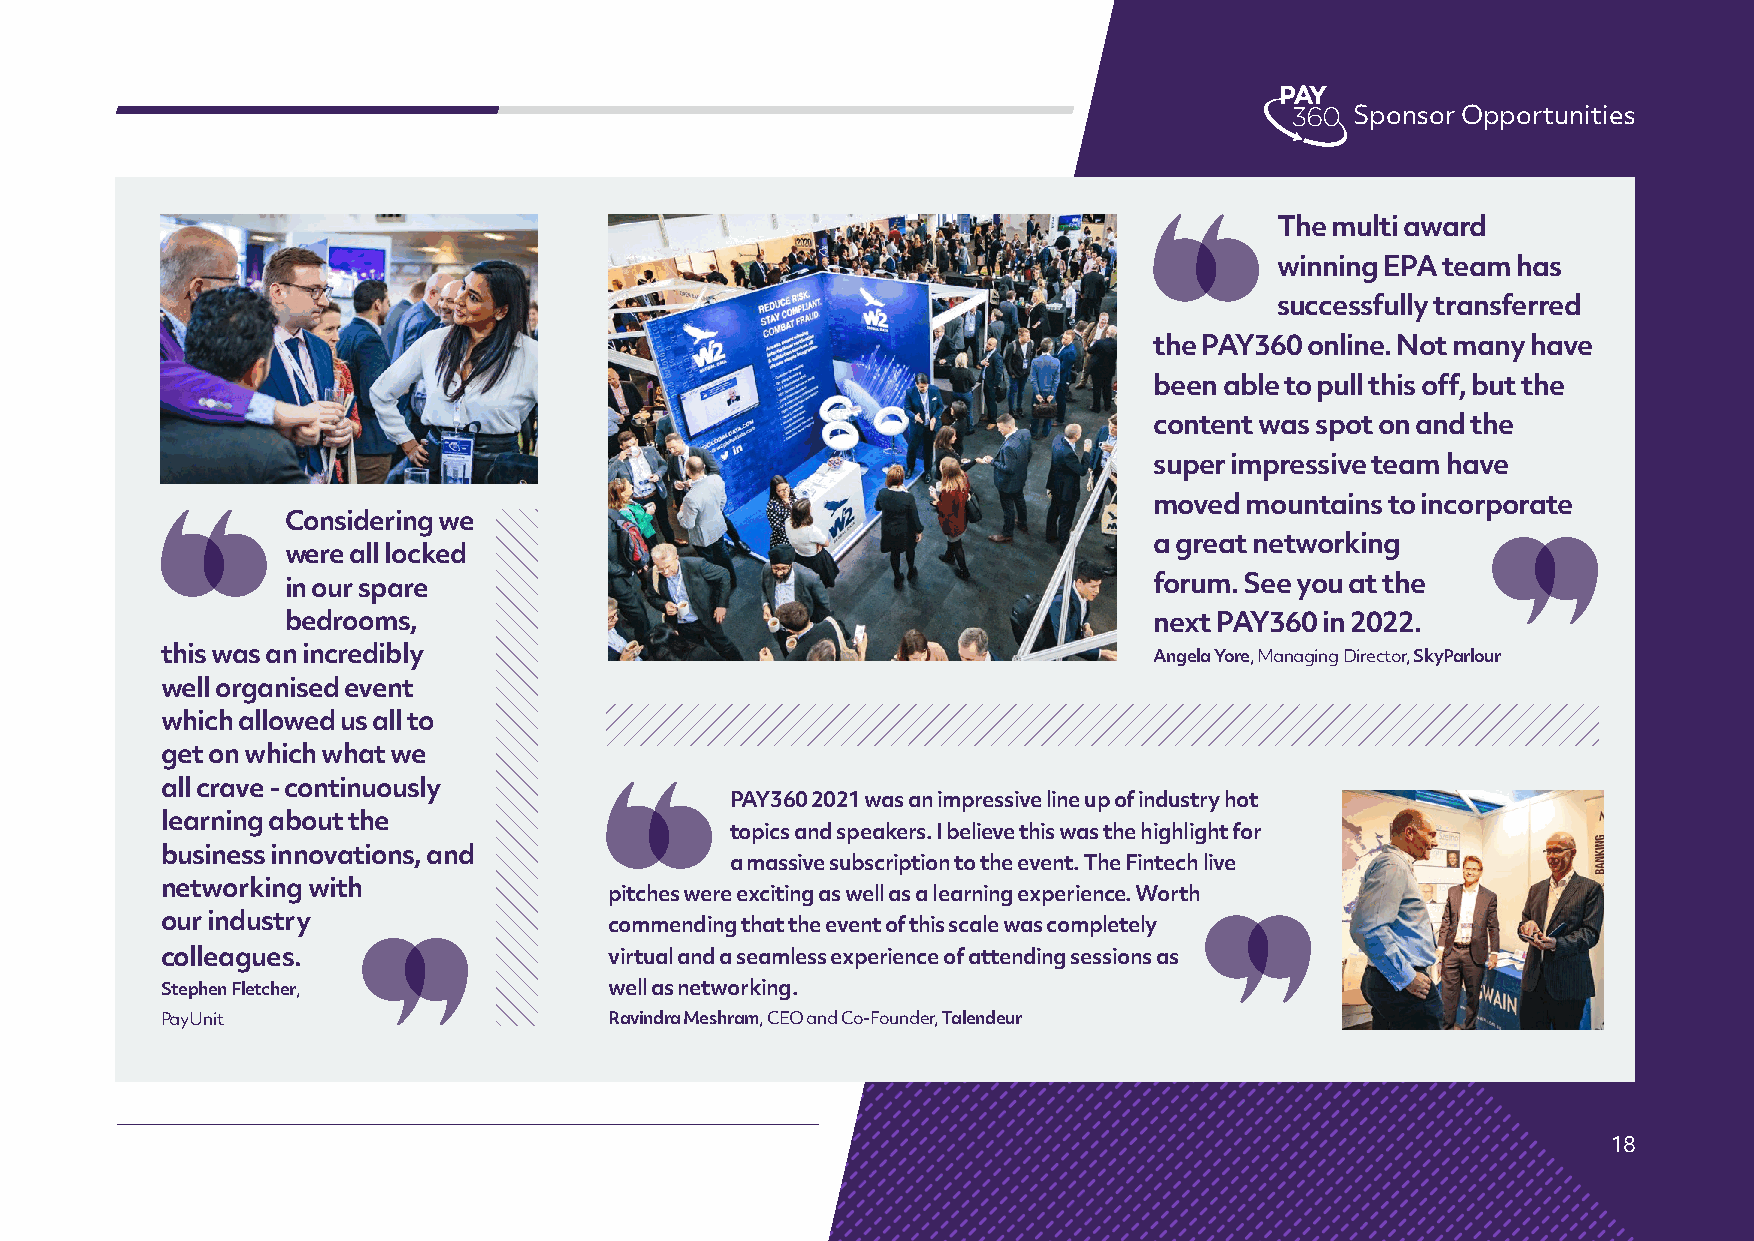
Sponsor Opportunities
 The multi award
 winning EPA team has
 successfully transferred
 the PAY360 online. Not many have
 been able to pull this off, but the
 content was spot on and the
 super impressive team have
 moved mountains to incorporate
 Considering we
 a great networking
 were all locked
 in our spare                                             forum. See you at the
 bedrooms,                                                next PAY360 in 2022.
 this was an incredibly                                           Angela Yore, Managing Director, SkyParlour
 well organised event
 which allowed us all to
 get on which what we
 all crave - continuously
 PAY360 2021 was an impressive line up of industry hot
 learning about the
 topics and speakers. I believe this was the highlight for
 business innovations, and
 a massive subscription to the event. The Fintech live
 networking with
 pitches were exciting as well as a learning experience. Worth
 our industry                 commending that the event of this scale was completely
 colleagues.                  virtual and a seamless experience of attending sessions as
 Stephen Fletcher,            well as networking.
 PayUnit                      Ravindra Meshram, CEO and Co-Founder, Talendeur
 18